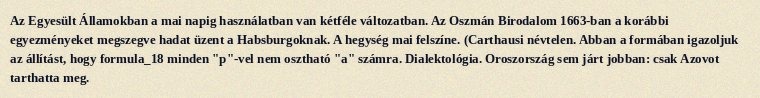
Az Egyesült Államokban a mai napig használatban van kétféle változatban. Az Oszmán Birodalom 1663-ban a korábbi egyezményeket megszegve hadat üzent a Habsburgoknak. A hegység mai felszíne. (Carthausi névtelen. Abban a formában igazoljuk az állítást, hogy formula_18 minden "p"-vel nem osztható "a" számra. Dialektológia. Oroszország sem járt jobban: csak Azovot tarthatta meg.